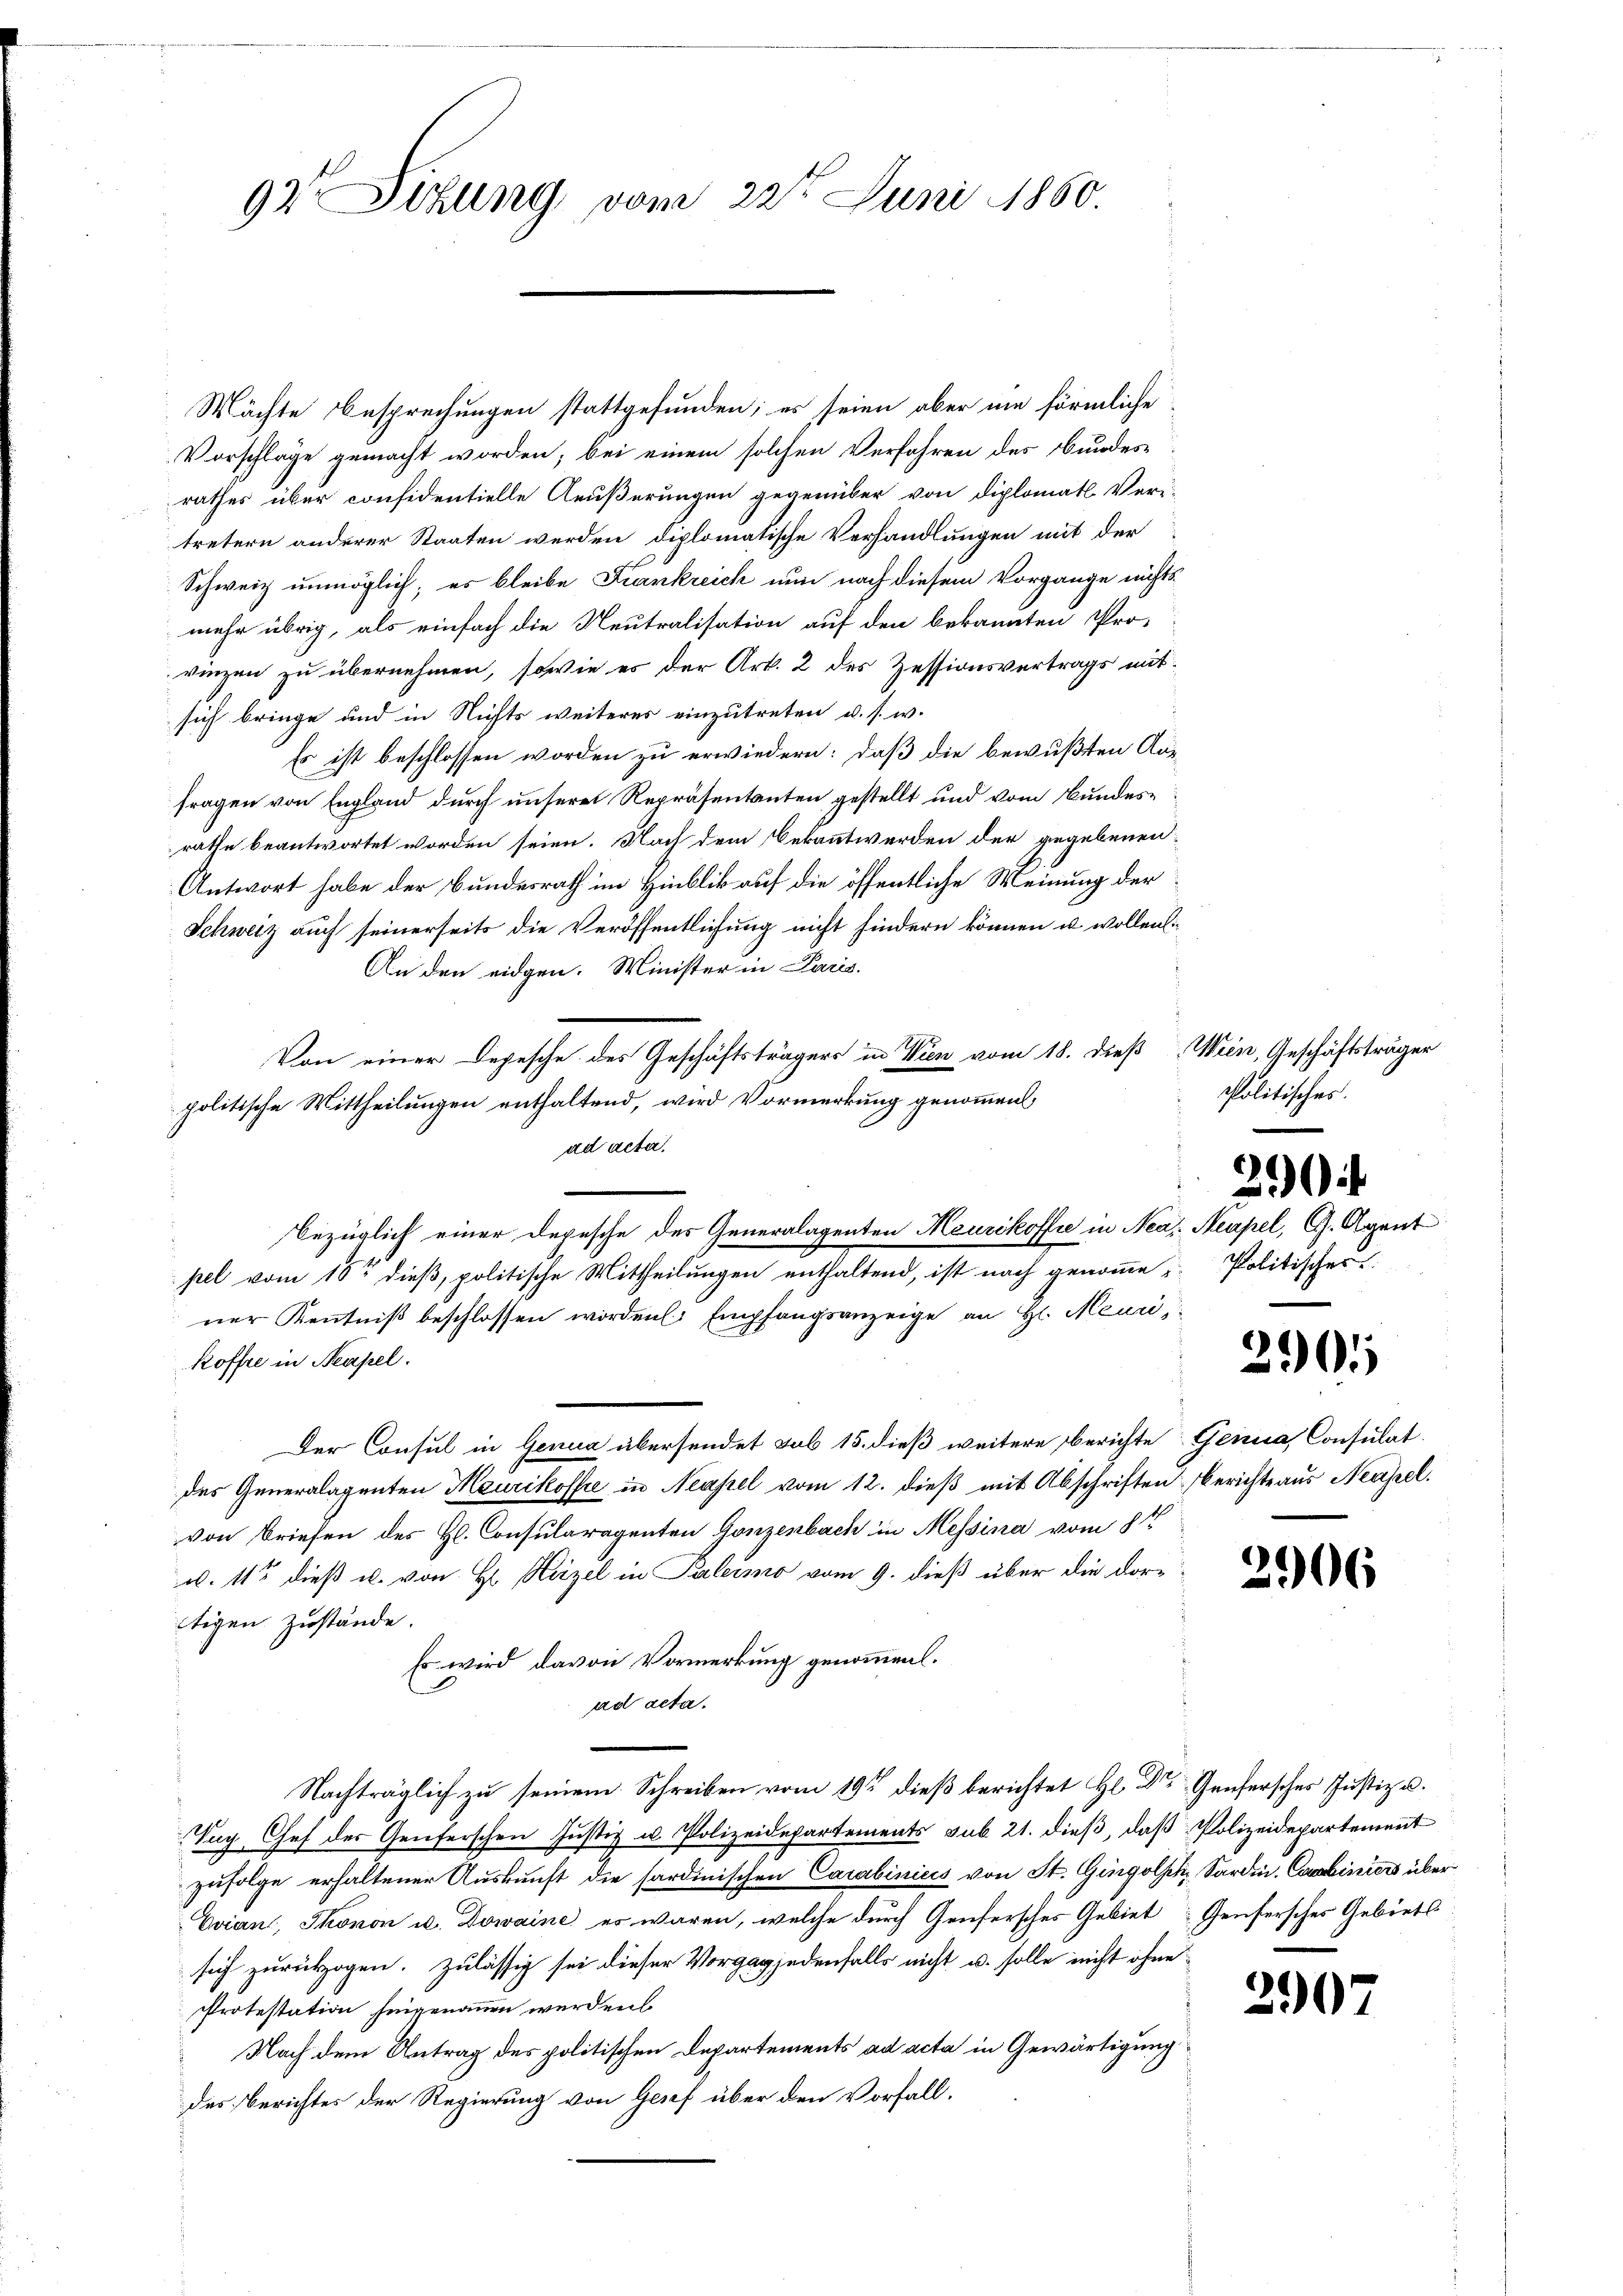
97 Sizung vom 22t Juni 1860.

Mächte Besprechungen stattgefunden; es seien aber nie förmliche
Vorschläge gemacht worden; bei einem solchen Verfahren des Bundesrathes über considentielle Aeußerungen gegenüber von diplomatl. Veri-
tretern anderer Staaten werden diplomatische Verhandlungen mit der
Schweiz unmöglich; es bleibe Frankreich nun nach diesem Vorgange nichts
mehr übrig, als einfach die Neutralisation auf den bekannten Pro-
vinzen zu übernehmen, sowie es der Art. 2 des Zessionsvertrags mitsich bringe und in Nichts weiteres einzutreten u. s. w.
Es ist beschlossen worden zu erwiedern: daß die bewußten Ausfragen von England durch unsere Repräsentanten gestellt und vom Bundesrathe beantwortet worden seien. Nach dem Bekanntwerden der gegebenen
Antwort habe der Bundesrath im Hinblik auf die öffentliche Meinung der
Schweiz auch seinerseits die Veröffentlichung nicht hindern können u. wollenli¬
An den eidgen. Minister in Paris.
Von einer Depesche des Geschäftsträgers in Wien vom 18. dieß Wien, Geschäftsträger
politische Mittheilungen enthaltend, wird Vormerkung genommen
ad acta.
pel vom 10te dieß, politische Mittheilungen enthaltend, ist nach genomme Politischer
ner Kenntniß beschlossen worden Empfangsanzeige an H. Meuri,
Roffre in Neapel.
Der Consul in Genua übersendet sub 15. dieß weitere Berichte Genia, Consulat
des Generalagenten Meurikoffe in Neapel vom 12. dieß mit Abschriften Berichte aus Neapel.
von Briefen des Hl. Consularagenten Gonzenbach in Messina vom 8ten
u. 113 dieß u. von H. Herzel in Palermo vom 9. dieß über die dortigen Zustände.
Es wird davon Vormerkung genommen.
ad acta.
Nachträglich zu seinem Schreiben vom 19ten dieß berichtet H. Dr. Genfersches Justiz u.
Tug Chef der Genferschen Justiz u. Polizeidepartements, sub 21. dieß, daß Polizeidepartement
zufolge erhaltener Auskunft die sardinischen Carabinius von St. Gingolph, Sardin. Combiniers über
Evian, Thonon u. Domaine es waren, welche durch Genfersches Gebiet Genfersches Gebiets
sich zurückzogen. Zulässig sei dieser Vorgag jedenfalls nicht u. solle nicht ohne
Protestation hingenommen werden
Nach dem Antrag des politischen Departements ad acta in Gewärtigung
des Berichtes der Regierung von Gesef über den Vorfall.

bezüglich einer Depesche des Generalagenten Meurikoffe in Nea. Neapel, G. Agent

Politisches.
290

20

2906

2